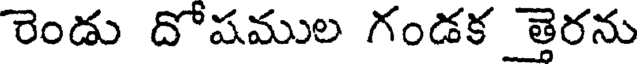
రెండు దోషముల గండక త్తెరను